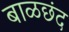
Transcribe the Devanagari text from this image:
बाळछंद